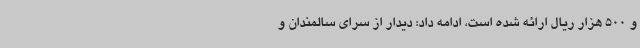
و 500 هزار ریال ارائه شده است، ادامه داد: دیدار از سرای سالمندان و